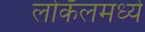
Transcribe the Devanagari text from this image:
लोकॅलमध्ये